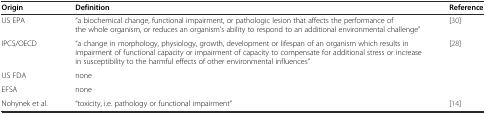
<table><thead><tr><td><b>Origin</b></td><td><b>Definition</b></td><td><b>Reference</b></td></tr></thead><tbody><tr><td>US EPA</td><td>“a biochemical change, functional impairment, or pathologic lesion that affects the performance of the whole organism, or reduces an organism’s ability to respond to an additional environmental challenge”</td><td>[30]</td></tr><tr><td>IPCS/OECD</td><td>“a change in morphology, physiology, growth, development or lifespan of an organism which results in impairment of functional capacity or impairment of capacity to compensate for additional stress or increase in susceptibility to the harmful effects of other environmental influences”</td><td>[28]</td></tr><tr><td>US FDA</td><td>none</td><td></td></tr><tr><td>EFSA</td><td>none</td><td></td></tr><tr><td>Nohynek et al.</td><td>“toxicity, i.e. pathology or functional impairment”</td><td>[14]</td></tr></tbody></table>